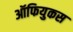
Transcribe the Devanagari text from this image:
ऑफियुकस